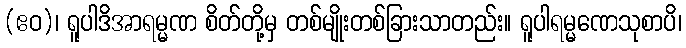
(ဧဝ)၊ ရူပါဒိအာရမ္မဏ စိတ်တို့မှ တစ်မျိုးတစ်ခြားသာတည်း။ ရူပါရမ္မဏေသုစာပိ၊